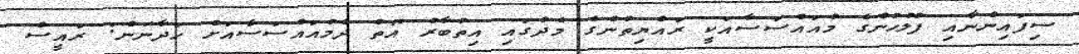
ސިފައިންނާއި ފުލުހުންގެ މުއައްސަސާއަކީ ރައްޔިތުންގެ މެދުގައި އިތުބާރު އޮތް ދެމުއައްސަސާއަށް ހަދާނަން: ރައީސް